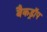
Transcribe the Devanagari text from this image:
बैकड्राॅप